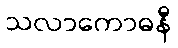
သလာကောဓနီ